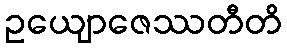
ဥယျောဇေဿတီတိ